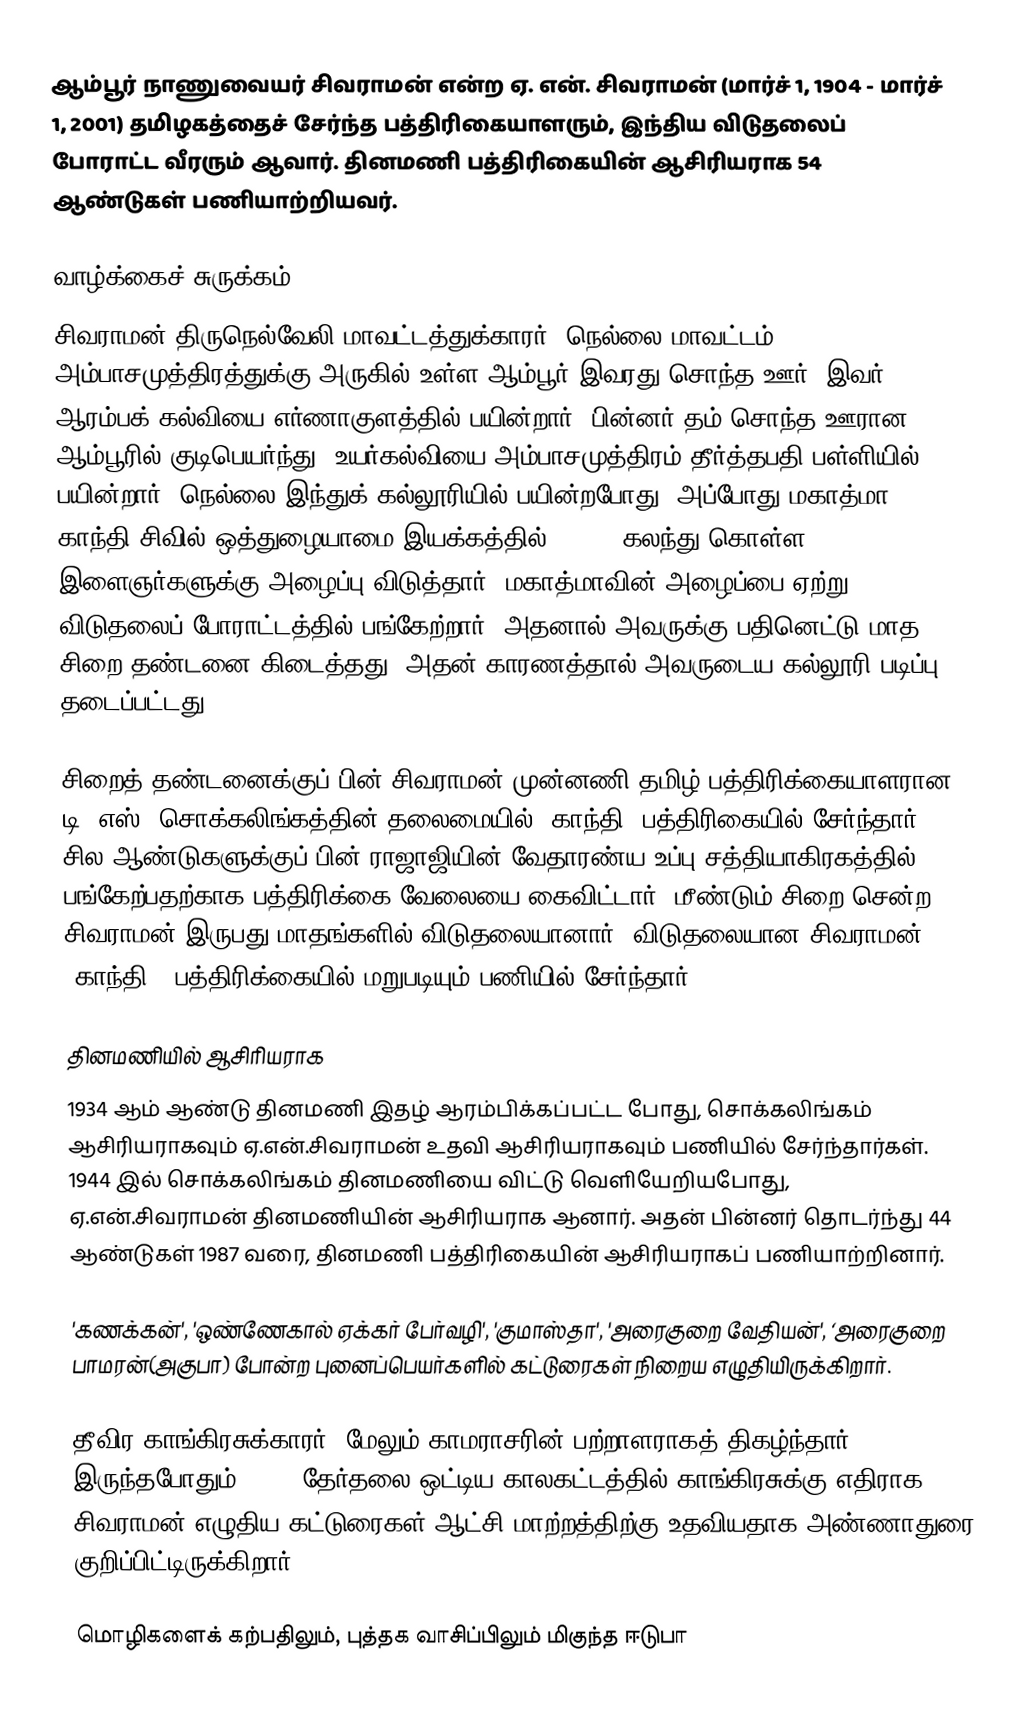
ஆம்பூர் நாணுவையர் சிவராமன் என்ற ஏ. என். சிவராமன் (மார்ச் 1, 1904 - மார்ச் 1, 2001) தமிழகத்தைச் சேர்ந்த பத்திரிகையாளரும், இந்திய விடுதலைப் போராட்ட வீரரும் ஆவார். தினமணி பத்திரிகையின் ஆசிரியராக 54 ஆண்டுகள் பணியாற்றியவர்.

வாழ்க்கைச் சுருக்கம்
சிவராமன் திருநெல்வேலி மாவட்டத்துக்காரர். நெல்லை மாவட்டம் அம்பாசமுத்திரத்துக்கு அருகில் உள்ள ஆம்பூர் இவரது சொந்த ஊர். இவர் ஆரம்பக் கல்வியை எர்ணாகுளத்தில் பயின்றார். பின்னர் தம் சொந்த ஊரான ஆம்பூரில் குடிபெயர்ந்து, உயர்கல்வியை அம்பாசமுத்திரம் தீர்த்தபதி பள்ளியில் பயின்றார். நெல்லை இந்துக் கல்லூரியில் பயின்றபோது, அப்போது மகாத்மா காந்தி சிவில் ஒத்துழையாமை இயக்கத்தில் (1921) கலந்து கொள்ள இளைஞர்களுக்கு அழைப்பு விடுத்தார். மகாத்மாவின் அழைப்பை ஏற்று விடுதலைப் போராட்டத்தில் பங்கேற்றார். அதனால் அவருக்கு பதினெட்டு மாத சிறை தண்டனை கிடைத்தது. அதன் காரணத்தால் அவருடைய கல்லூரி படிப்பு தடைப்பட்டது.

சிறைத் தண்டனைக்குப் பின் சிவராமன் முன்னணி தமிழ் பத்திரிக்கையாளரான டி. எஸ். சொக்கலிங்கத்தின் தலைமையில் 'காந்தி' பத்திரிகையில் சேர்ந்தார். சில ஆண்டுகளுக்குப் பின் ராஜாஜியின் வேதாரண்ய உப்பு சத்தியாகிரகத்தில் பங்கேற்பதற்காக பத்திரிக்கை வேலையை கைவிட்டார். மீண்டும் சிறை சென்ற சிவராமன் இருபது மாதங்களில் விடுதலையானார். விடுதலையான சிவராமன் 'காந்தி ' பத்திரிக்கையில் மறுபடியும் பணியில் சேர்ந்தார்.

தினமணியில் ஆசிரியராக
1934 ஆம் ஆண்டு தினமணி இதழ் ஆரம்பிக்கப்பட்ட போது, சொக்கலிங்கம் ஆசிரியராகவும் ஏ.என்.சிவராமன் உதவி ஆசிரியராகவும் பணியில் சேர்ந்தார்கள். 1944 இல் சொக்கலிங்கம் தினமணியை விட்டு வெளியேறியபோது, ஏ.என்.சிவராமன் தினமணியின் ஆசிரியராக ஆனார். அதன் பின்னர் தொடர்ந்து 44 ஆண்டுகள் 1987 வரை, தினமணி பத்திரிகையின் ஆசிரியராகப் பணியாற்றினார்.

'கணக்கன்', 'ஒண்ணேகால் ஏக்கர் பேர்வழி', 'குமாஸ்தா', 'அரைகுறை வேதியன்', ‘அரைகுறை பாமரன்(அகுபா) போன்ற புனைப்பெயர்களில் கட்டுரைகள் நிறைய எழுதியிருக்கிறார்.

தீவிர காங்கிரசுக்காரர், மேலும் காமராசரின் பற்றாளராகத் திகழ்ந்தார். இருந்தபோதும், 1967 தேர்தலை ஒட்டிய காலகட்டத்தில் காங்கிரசுக்கு எதிராக சிவராமன் எழுதிய கட்டுரைகள் ஆட்சி மாற்றத்திற்கு உதவியதாக அண்ணாதுரை குறிப்பிட்டிருக்கிறார்.

மொழிகளைக் கற்பதிலும், புத்தக வாசிப்பிலும் மிகுந்த ஈடுபா